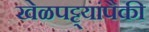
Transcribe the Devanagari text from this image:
खेळपट्ट्यांपैकी